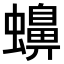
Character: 𧓧